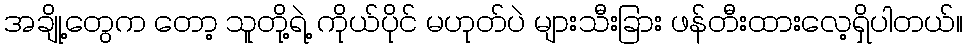
အချို့တွေက တော့ သူတို့ရဲ့ ကိုယ်ပိုင် မဟုတ်ပဲ များသီးခြား ဖန်တီးထားလေ့ရှိပါတယ်။